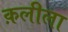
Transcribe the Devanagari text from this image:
क़लीला